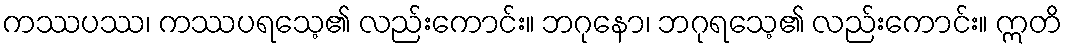
ကဿပဿ၊ ကဿပရသေ့၏ လည်းကောင်း။ ဘဂုနော၊ ဘဂုရသေ့၏ လည်းကောင်း။ ဣတိ